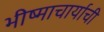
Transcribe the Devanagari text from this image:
भीष्माचार्याची